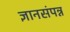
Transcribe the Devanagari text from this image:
ज्ञानसंपन्न